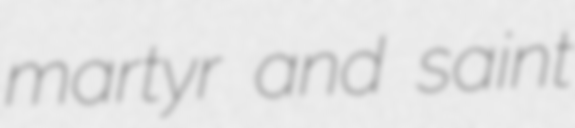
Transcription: martyr and saint